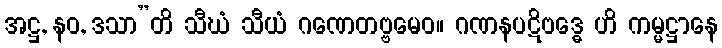
အဋ္ဌ, နဝ, ဒသာ”တိ သီဃံ သီယံ ဂဏေတဗ္ဗမေဝ။ ဂဏနပဋိဗဒ္ဓေ ဟိ ကမ္မဋ္ဌာနေ